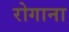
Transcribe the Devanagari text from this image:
रोगाना